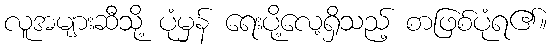
လူအများဆီသို့ ပုံမှန် ရေးပို့လေ့ရှိသည့် စာဖြစ်ပုံရ၏။